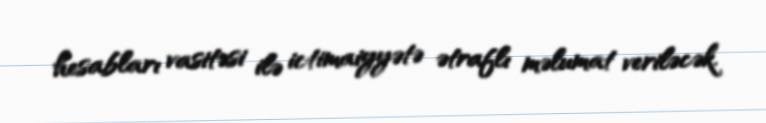
hesabları vasitəsi ilə ictimaiyyətə ətraflı məlumat veriləcək.